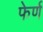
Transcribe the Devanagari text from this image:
फेर्ण